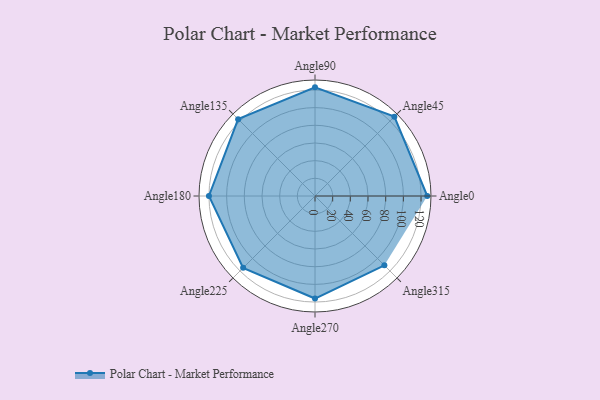
{"axis": {"x": "Angle", "y": "Radius"}, "legend": [""], "data": [{"x": "Angle0", "y": 127.0, "type": ""}, {"x": "Angle45", "y": 127.0, "type": ""}, {"x": "Angle90", "y": 123.0, "type": ""}, {"x": "Angle135", "y": 123.0, "type": ""}, {"x": "Angle180", "y": 120.0, "type": ""}, {"x": "Angle225", "y": 115.0, "type": ""}, {"x": "Angle270", "y": 116.0, "type": ""}, {"x": "Angle315", "y": 111.0, "type": ""}]}